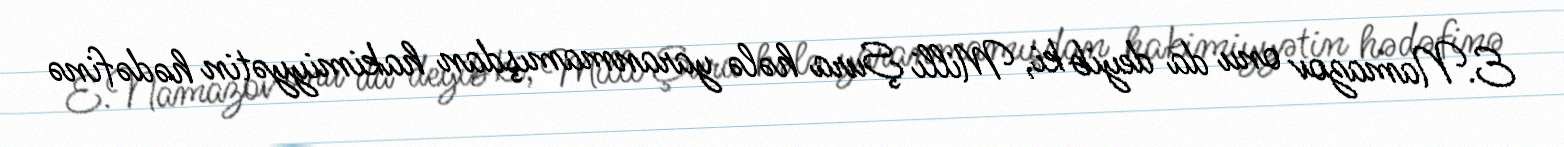
E.Namazov onu da deyib ki, Milli Şura hələ yaranmamışdan hakimiyyətin hədəfinə